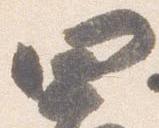
四